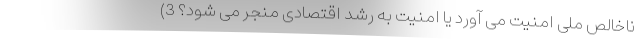
ناخالصِ ملی امنیت می آورد یا امنیت به رشد اقتصادی منجر می شود؟ 3)